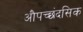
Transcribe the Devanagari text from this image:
औपच्छंदसिक